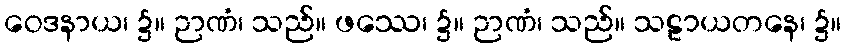
ဝေဒနာယ၊ ၌။ ဉာဏံ၊ သည်။ ဖဿေ၊ ၌။ ဉာဏံ၊ သည်။ သဠာယတနေ၊ ၌။